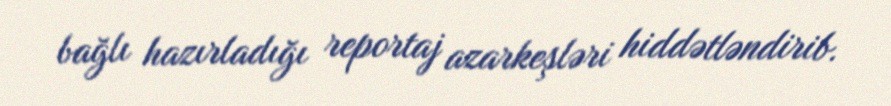
bağlı hazırladığı reportaj azarkeşləri hiddətləndirib.